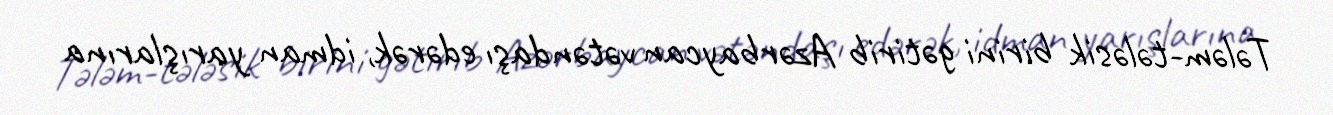
Tələm-tələsik birini gətirib Azərbaycan vətəndaşı edərək, idman yarışlarına